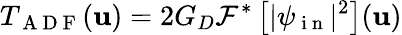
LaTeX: T_{\mathrm{~A~D~F~}}(\mathbf{u})=2G_{D}\mathcal{F}^{*}\left[|\psi_{\mathrm{~i~n~}}|^{2}\right](\mathbf{u})